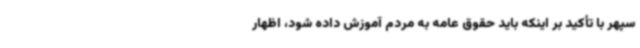
سپهر با تأکید بر اینکه باید حقوق عامه به مردم آموزش داده شود، اظهار